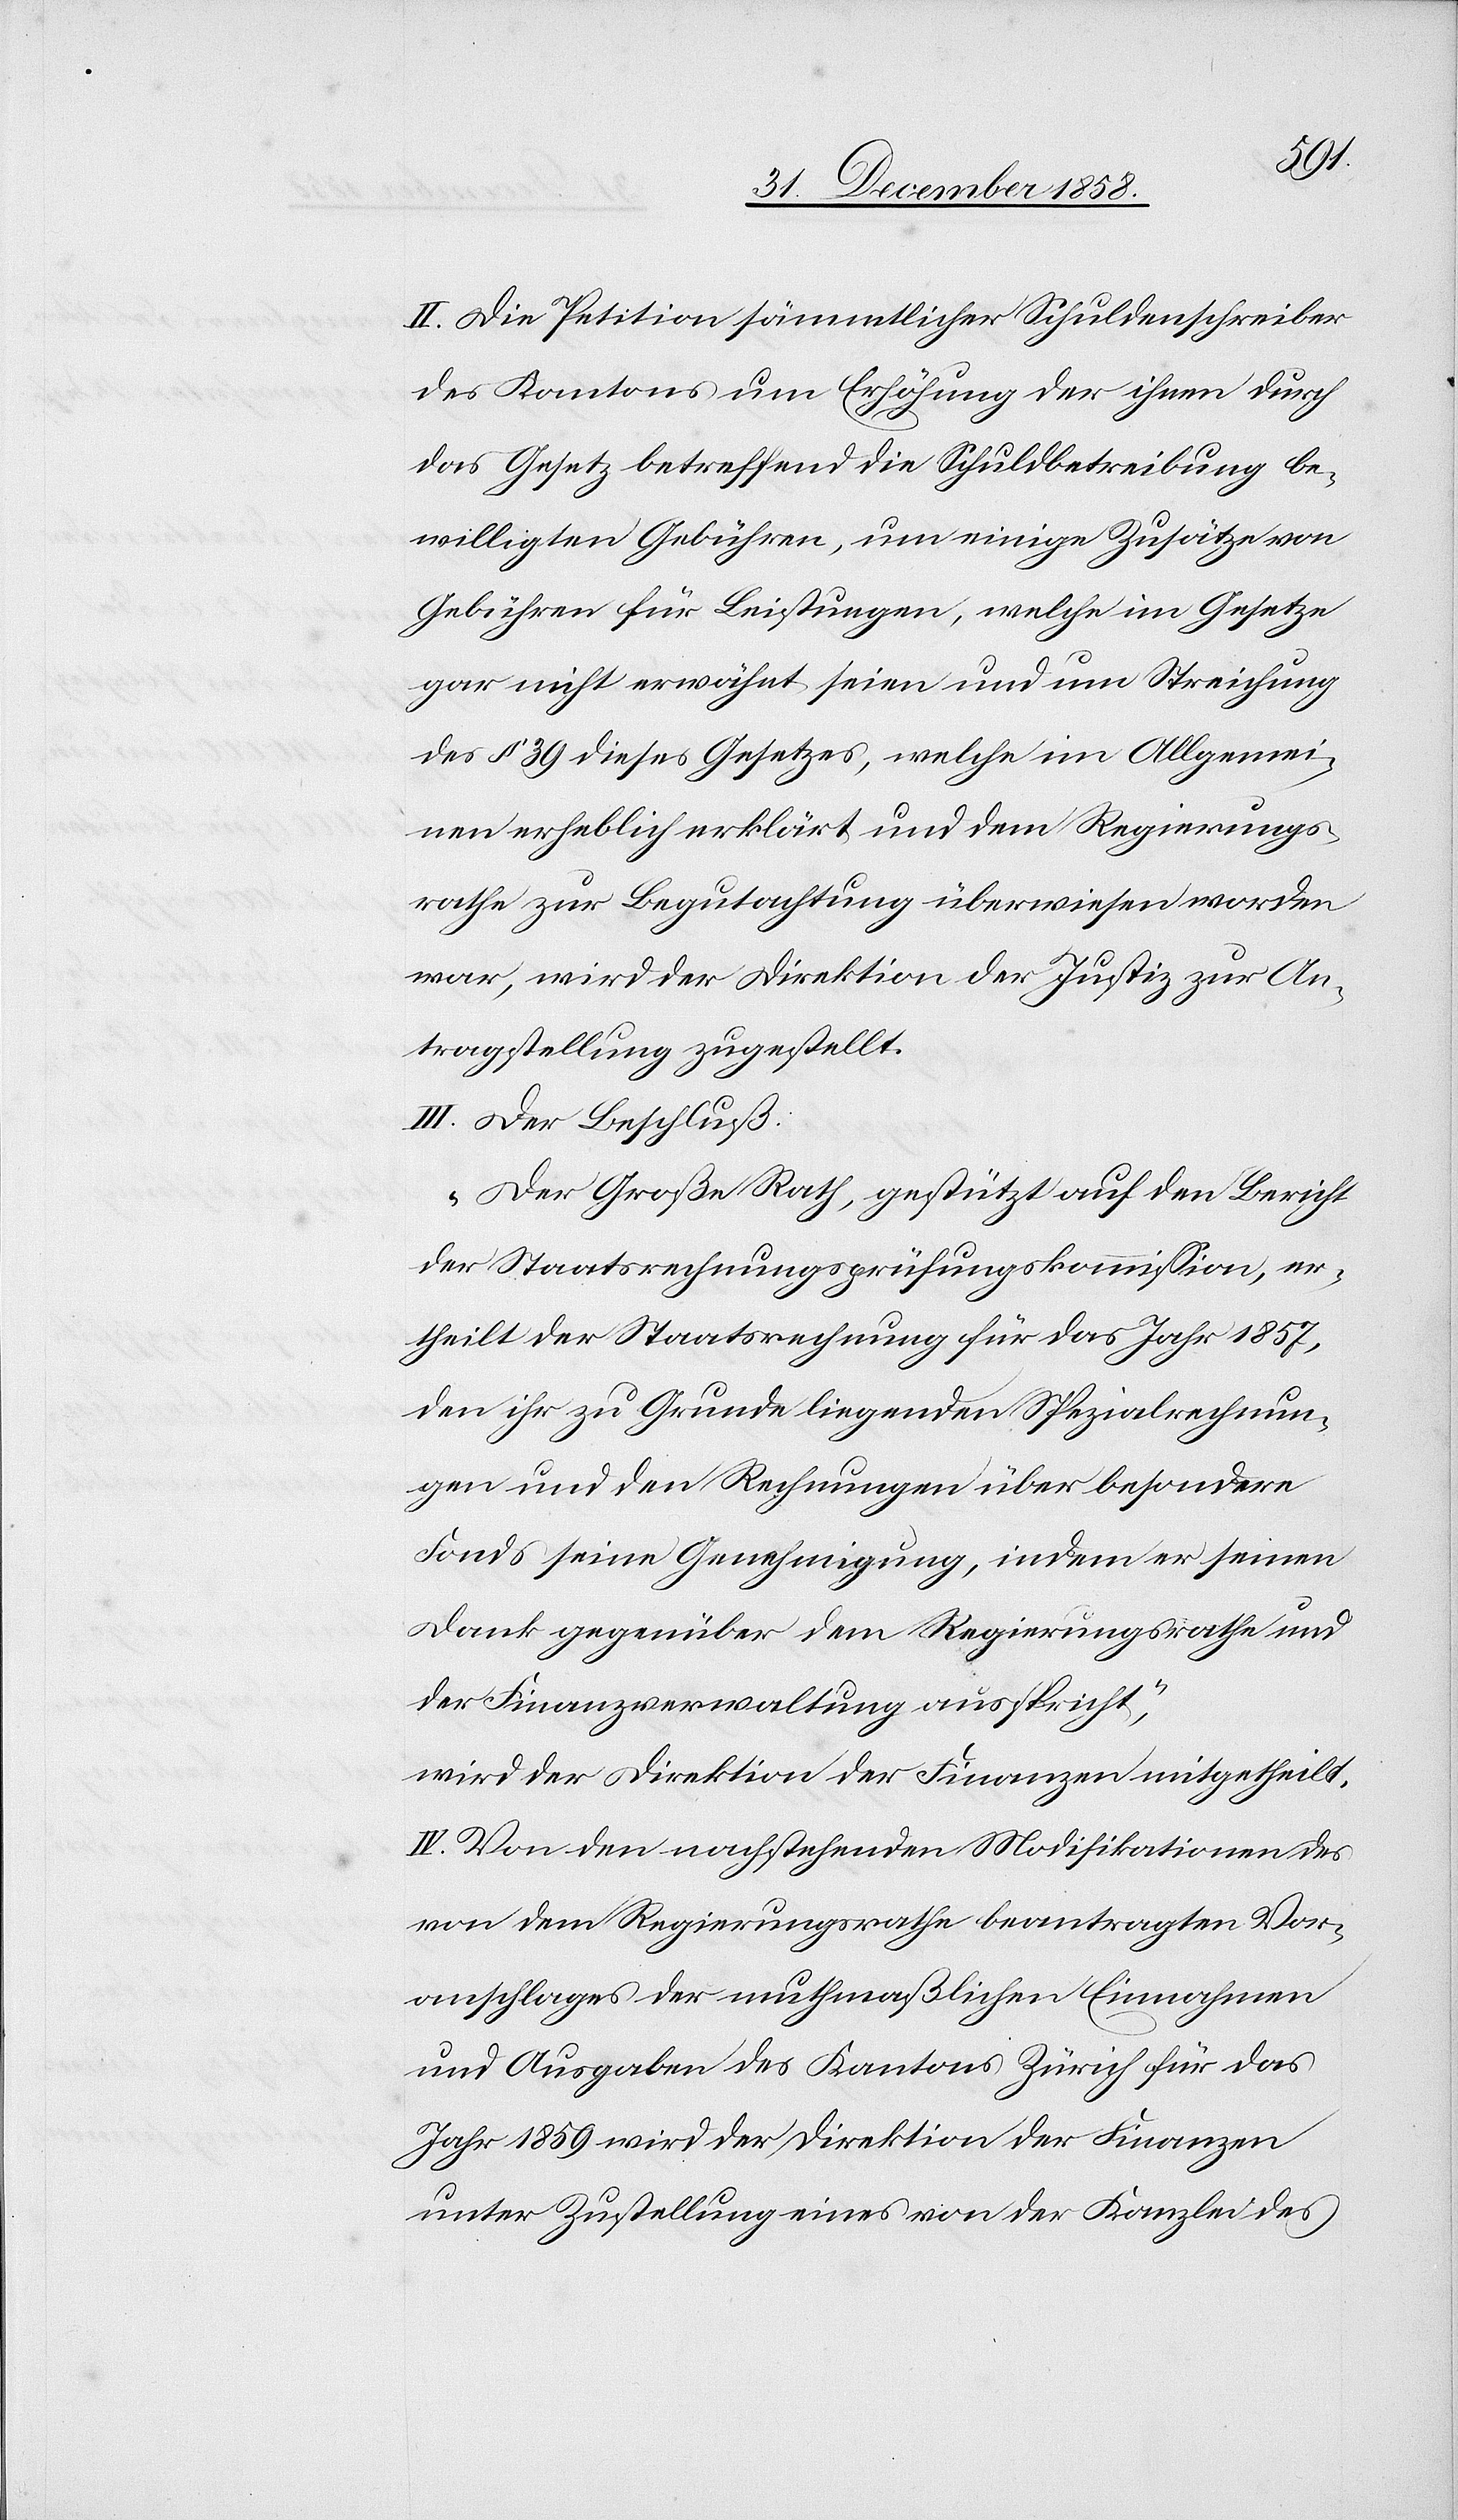
II. Die Petition sämmtlicher Schuldenschreiber
des Kantons um Erhöhung der ihnen durch
das Gesetz betreffend die Schuldbetreibung be¬
willigten Gebühren, um einige Zusätze von
Gebühren für Leistungen, welche im Gesetze
gar nicht erwähnt seien und um Streichung
des § 39 dieses Gesetzes, welche im Allgemei¬
nen erheblich erklärt und dem Regierungs¬
rathe zur Begutachtung überwiesen worden
war, wird der Direktion der Justiz zur An¬
tragstellung zugestellt.
III. Der Beschluß:
„Der Große Rath, gestützt auf den Bericht
der Staatsrechnungsprüfungskommission, er¬
theilt der Staatsrechnung für das Jahr 1857,
den ihr zu Grunde liegenden Spezialrechnun¬
gen und den Rechnungen über besondere
Fonds seine Genehmigung, indem er seinen
Dank gegenüber dem Regierungsrathe und
der Finanzverwaltung ausspricht“,
wird der Direktion der Finanzen mitgetheilt.
IV. Von den nachstehenden Modifikationen des
von dem Regierungsrathe beantragten Vor¬
anschlages der muthmaßlichen Einnahmen
und Ausgaben des Kantons Zürich für das
Jahr 1859 wird der Direktion der Finanzen
unter Zustellung eines von der Kanzlei des